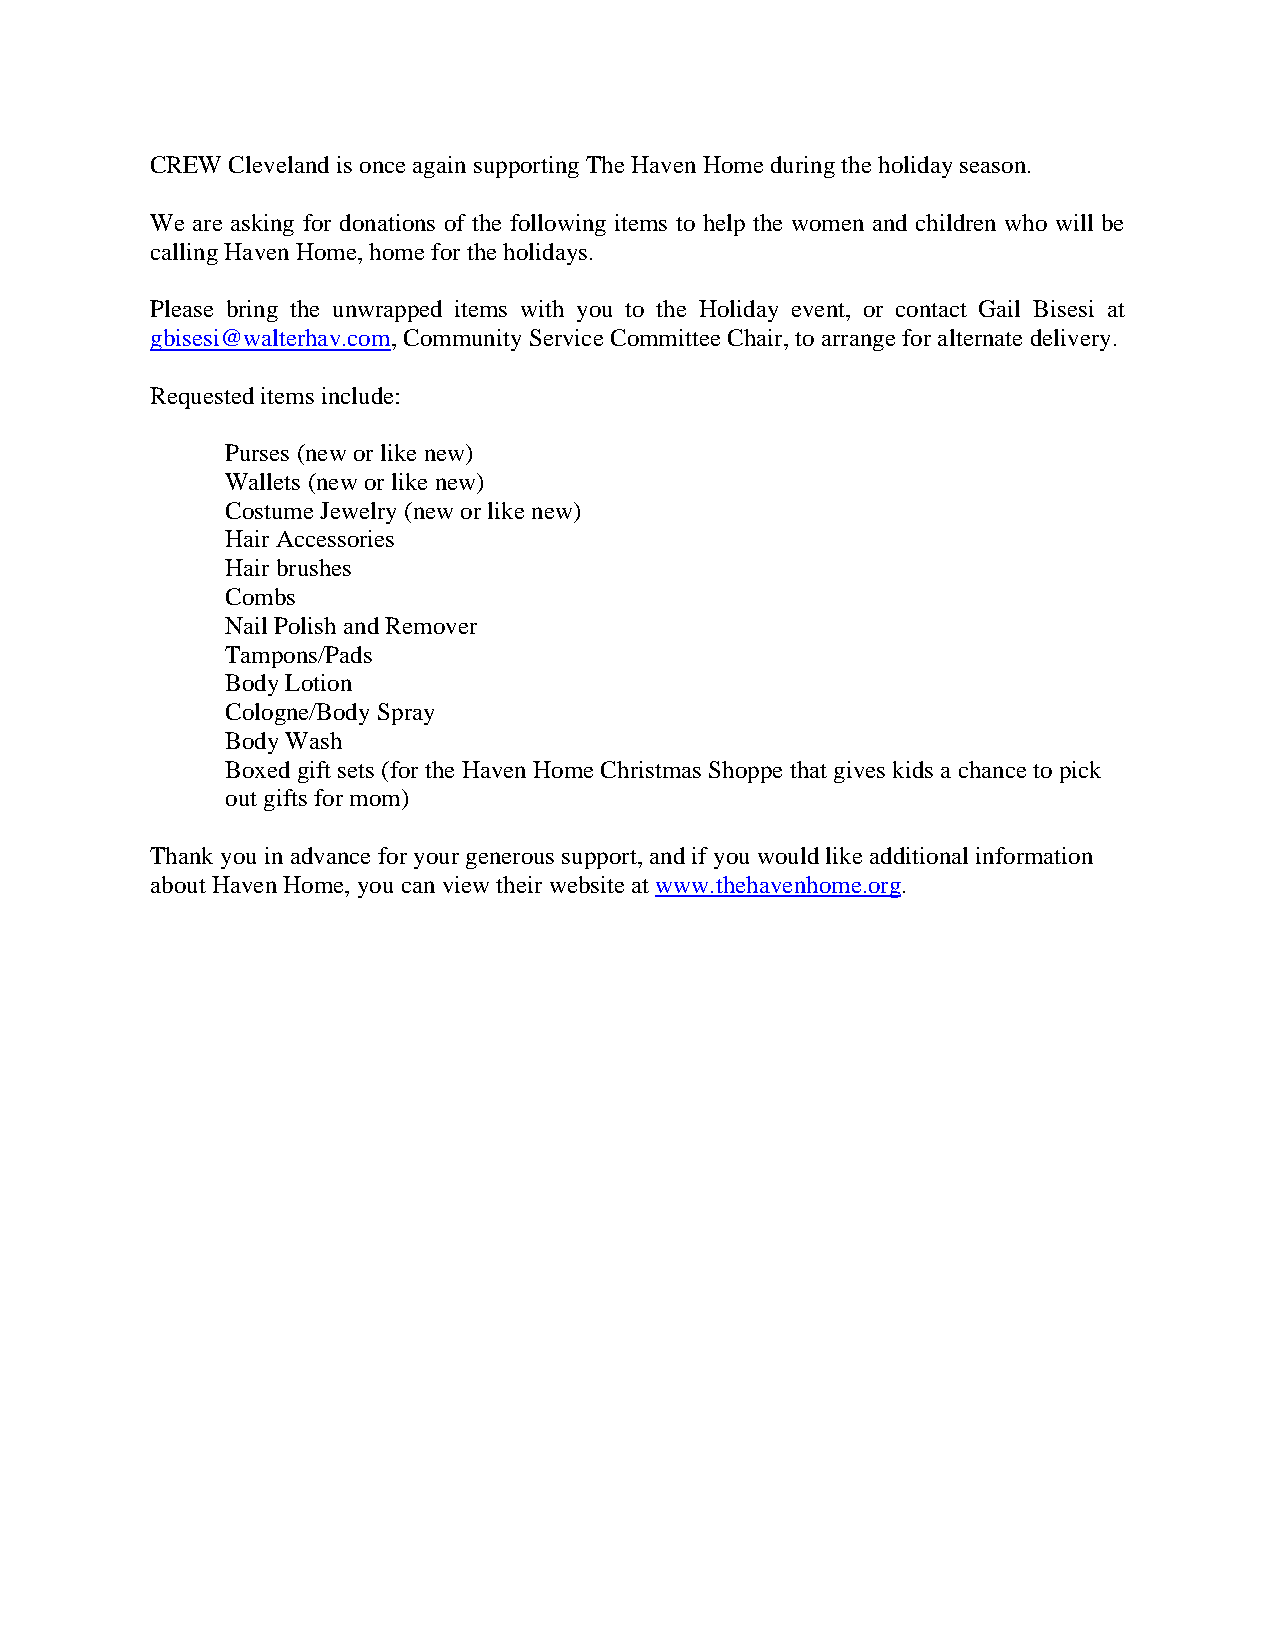
CREW Cleveland is once again supporting The Haven Home during the holiday season.
 We are asking for donations of the following items to help the women and children who will be
 calling Haven Home, home for the holidays.
 Please bring the unwrapped items with you to the Holiday event, or contact Gail Bisesi at
 gbisesi@walterhav.com, Community Service Committee Chair, to arrange for alternate delivery.
 Requested items include:
 Purses (new or like new)
 Wallets (new or like new)
 Costume Jewelry (new or like new)
 Hair Accessories
 Hair brushes
 Combs
 Nail Polish and Remover
 Tampons/Pads
 Body Lotion
 Cologne/Body Spray
 Body Wash
 Boxed gift sets (for the Haven Home Christmas Shoppe that gives kids a chance to pick
 out gifts for mom)
 Thank you in advance for your generous support, and if you would like additional information
 about Haven Home, you can view their website at www.thehavenhome.org.